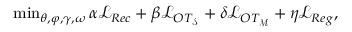
\begin{array} { r } { \operatorname* { m i n } _ { \theta , \varphi , \gamma , \omega } \alpha \mathcal { L } _ { R e c } + \beta \mathcal { L } _ { O T _ { \mathcal { S } } } + \delta \mathcal { L } _ { O T _ { \mathcal { M } } } + \eta \mathcal { L } _ { R e g } , } \end{array}